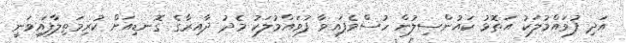
އަދި ފުވައްމުލަކު އަތޮޅު ކައުންސިލުން ހުސްވެފައިވާ ފުވައްމުލަކު މެދު ދާއިރާގެ ގޮނޑިއަށް ކުރިމަތިލާފައިވަނީ